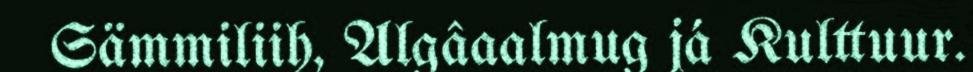
Sämmiliih, Algâaalmug já Kulttuur.